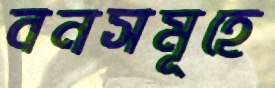
বনসমূহে